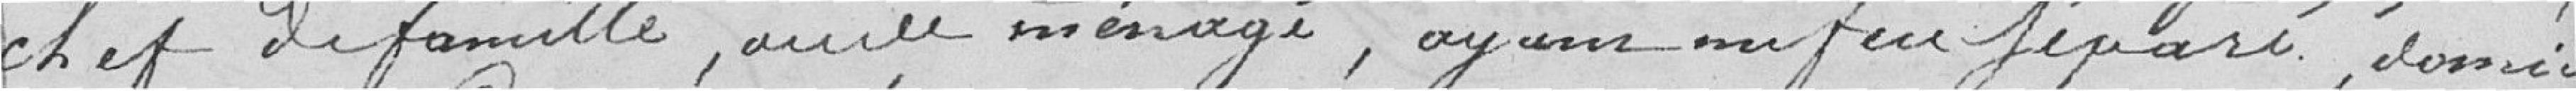
chef de famille, avoir un ménage, ayant un feu sépara, donné